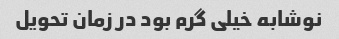
نوشابه خیلی گرم بود در زمان تحویل